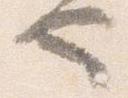
也